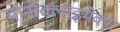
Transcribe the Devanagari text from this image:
मोनोक्लाइमेक्स